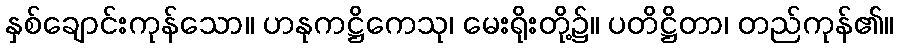
နှစ်ချောင်းကုန်သော။ ဟနုကဋ္ဌိကေသု၊ မေးရိုးတို့၌။ ပတိဋ္ဌိတာ၊ တည်ကုန်၏။